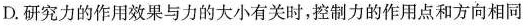
D.研究力的作用效果与力的大小有关时，控制力的作用点和方向相同